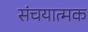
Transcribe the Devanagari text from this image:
संचयात्मक